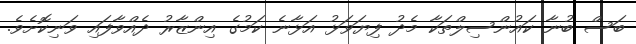
ބަސް ބުނާ ކައުންސިލްތަކާ މެދު ފިޔަވަޅު އަޅާނެ ކަމުގެ އިންޒާރު ދެއްވާފައި ވަނިކޮށެވެ.